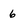
Character: 6